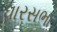
ધારસભા